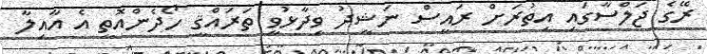
ރޭގެ ޖަލްސާގައި އިތުރަށް ރައީސް ނަޝީދު ވިދާޅުވީ ތަރައްޤީ ހޯދެންއޮތީ އެ އާއިލާ